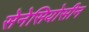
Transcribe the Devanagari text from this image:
सेनेसियोसीन